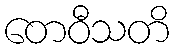
တေဝီသတိ